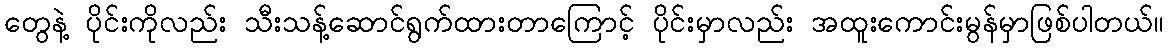
တွေနဲ့ ပိုင်းကိုလည်း သီးသန့်ဆောင်ရွက်ထားတာကြောင့် ပိုင်းမှာလည်း အထူးကောင်းမွန်မှာဖြစ်ပါတယ်။